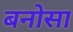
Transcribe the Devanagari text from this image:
बनोसा